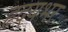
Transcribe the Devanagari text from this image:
हृदयभर